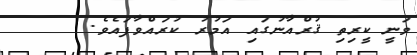
ވަނީ ކީރިތި ޤުރްއާނުގައި އަމުރު ކުރައްވާފައެވެ.